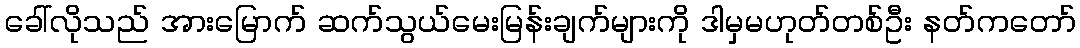
ခေါ်လိုသည် အားမြောက် ဆက်သွယ်မေးမြန်းချက်များကို ဒါမှမဟုတ်တစ်ဦး နတ်ကတော်